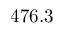
4 7 6 . 3